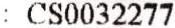
: CS0032277